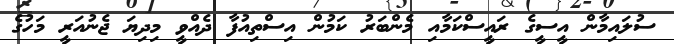
ސުލައިމާން އީސީގެ ރައީސްކަމާއި މެންބަރު ކަމުން އިސްތިއުފާ ދެއްވީ މިދިޔަ ޖެނުއަރީ މަހުގެ